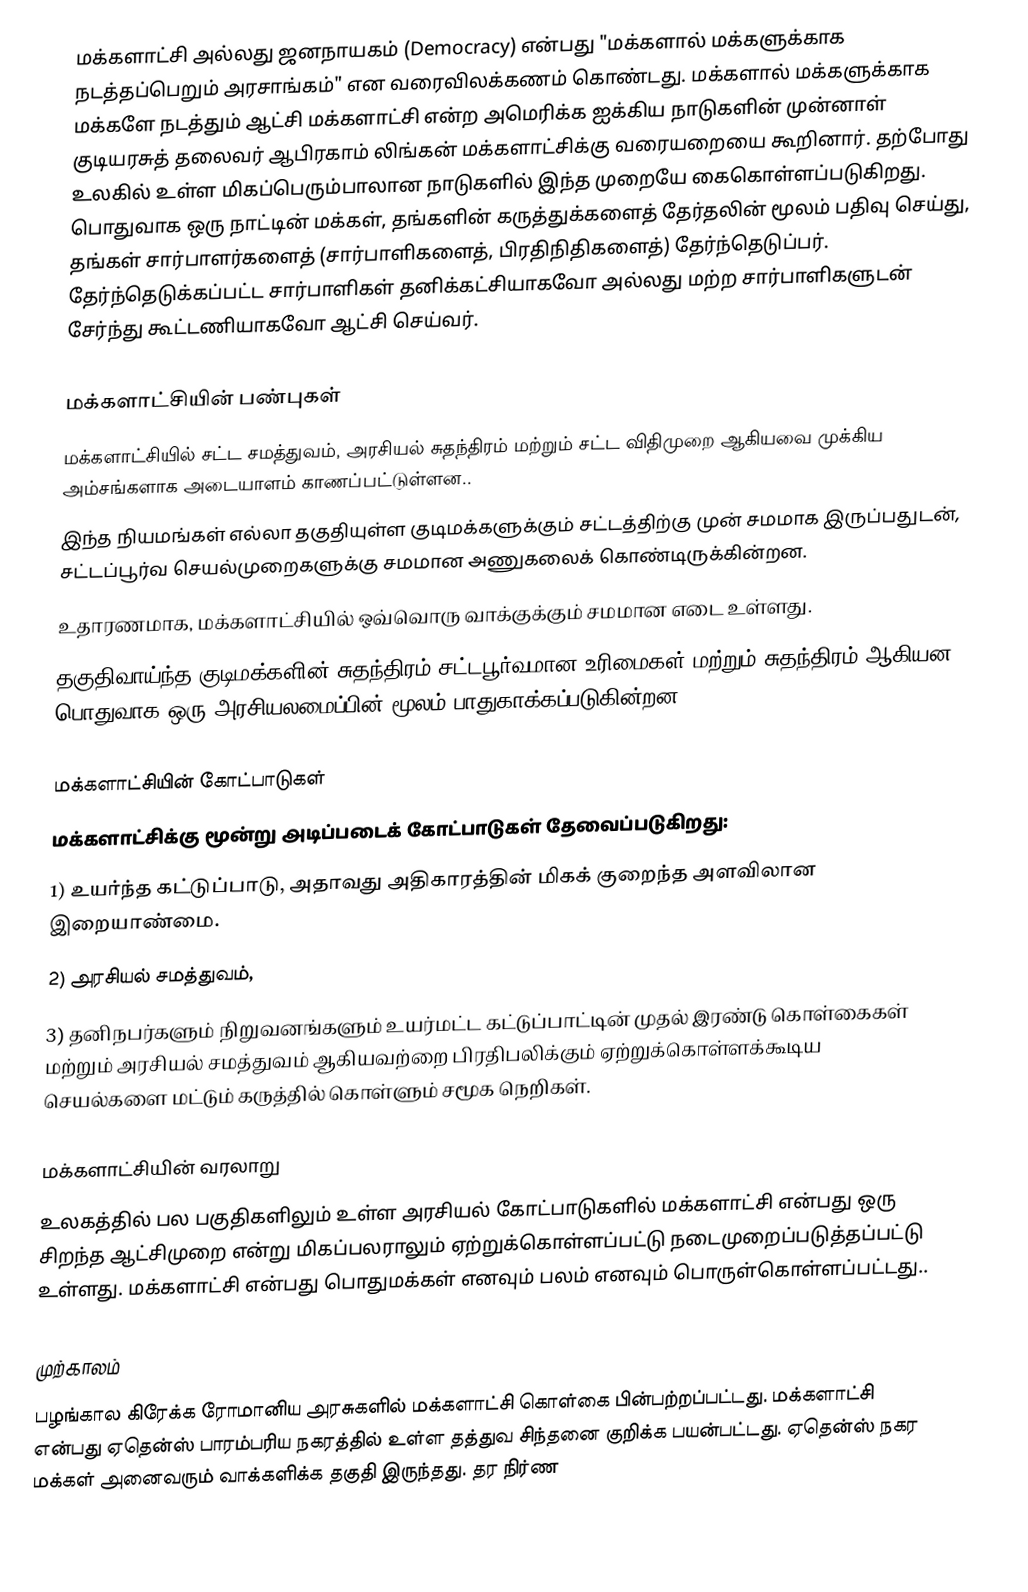
மக்களாட்சி அல்லது ஜனநாயகம் (Democracy) என்பது "மக்களால் மக்களுக்காக நடத்தப்பெறும் அரசாங்கம்" என வரைவிலக்கணம் கொண்டது. மக்களால் மக்களுக்காக மக்களே நடத்தும் ஆட்சி மக்களாட்சி என்ற அமெரிக்க ஐக்கிய நாடுகளின் முன்னாள் குடியரசுத் தலைவர் ஆபிரகாம் லிங்கன் மக்களாட்சிக்கு வரையறையை கூறினார். தற்போது உலகில் உள்ள மிகப்பெரும்பாலான நாடுகளில் இந்த முறையே கைகொள்ளப்படுகிறது. பொதுவாக ஒரு நாட்டின் மக்கள், தங்களின் கருத்துக்களைத் தேர்தலின் மூலம் பதிவு செய்து, தங்கள் சார்பாளர்களைத் (சார்பாளிகளைத், பிரதிநிதிகளைத்) தேர்ந்தெடுப்பர். தேர்ந்தெடுக்கப்பட்ட சார்பாளிகள் தனிக்கட்சியாகவோ அல்லது மற்ற சார்பாளிகளுடன் சேர்ந்து கூட்டணியாகவோ ஆட்சி செய்வர்.

மக்களாட்சியின் பண்புகள்
மக்களாட்சியில் சட்ட சமத்துவம், அரசியல் சுதந்திரம் மற்றும் சட்ட விதிமுறை ஆகியவை முக்கிய அம்சங்களாக அடையாளம் காணப்பட்டுள்ளன..
இந்த நியமங்கள் எல்லா தகுதியுள்ள குடிமக்களுக்கும் சட்டத்திற்கு முன் சமமாக இருப்பதுடன், சட்டப்பூர்வ செயல்முறைகளுக்கு சமமான அணுகலைக் கொண்டிருக்கின்றன.
உதாரணமாக, மக்களாட்சியில் ஒவ்வொரு வாக்குக்கும் சமமான எடை உள்ளது.
தகுதிவாய்ந்த குடிமக்களின் சுதந்திரம் சட்டபூர்வமான உரிமைகள் மற்றும் சுதந்திரம் ஆகியன பொதுவாக ஒரு அரசியலமைப்பின் மூலம் பாதுகாக்கப்படுகின்றன..

மக்களாட்சியின் கோட்பாடுகள்
மக்களாட்சிக்கு மூன்று அடிப்படைக் கோட்பாடுகள் தேவைப்படுகிறது:
1) உயர்ந்த கட்டுப்பாடு, அதாவது அதிகாரத்தின் மிகக் குறைந்த அளவிலான இறையாண்மை.
2) அரசியல் சமத்துவம்,
3) தனிநபர்களும் நிறுவனங்களும் உயர்மட்ட கட்டுப்பாட்டின் முதல் இரண்டு கொள்கைகள் மற்றும் அரசியல் சமத்துவம் ஆகியவற்றை பிரதிபலிக்கும் ஏற்றுக்கொள்ளக்கூடிய செயல்களை மட்டும் கருத்தில் கொள்ளும் சமூக நெறிகள்.

மக்களாட்சியின் வரலாறு
உலகத்தில் பல பகுதிகளிலும் உள்ள அரசியல் கோட்பாடுகளில் மக்களாட்சி என்பது ஒரு சிறந்த ஆட்சிமுறை என்று மிகப்பலராலும் ஏற்றுக்கொள்ளப்பட்டு நடைமுறைப்படுத்தப்பட்டு உள்ளது. மக்களாட்சி என்பது பொதுமக்கள் எனவும் பலம் எனவும் பொருள்கொள்ளப்பட்டது..

முற்காலம்
பழங்கால கிரேக்க ரோமானிய அரசுகளில் மக்களாட்சி கொள்கை பின்பற்றப்பட்டது. மக்களாட்சி என்பது ஏதென்ஸ் பாரம்பரிய  நகரத்தில் உள்ள தத்துவ சிந்தனை குறிக்க பயன்பட்டது. ஏதென்ஸ் நகர மக்கள் அனைவரும் வாக்களிக்க தகுதி இருந்தது. தர நிர்ண